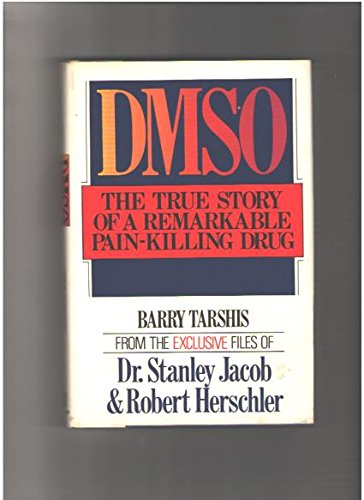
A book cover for Dmso, the True Story of a Remarkable Pain-Killing Drug; Barry Tarshis; Medical Books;